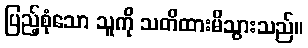
ပြည့်စုံသော သူကို သတိထားမိသွားသည်။